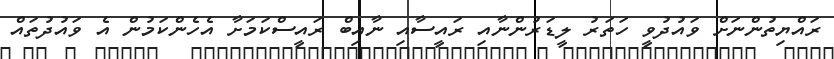
ރައްޔިތުންނަށް ވައުދުވީ ހަތަރު ލީޑަރުންނާއި ރައީސާއި ނާއިބް ރައީސްކަމަށާ އެހެންކަމުން އެ ވައުދުތައް